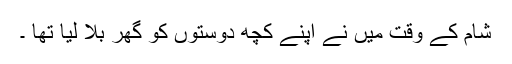
شام کے وقت میں نے اپنے کچھ دوستوں کو گھر بلا لیا تھا ۔